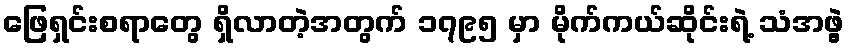
ဖြေရှင်းစရာတွေ ရှိလာတဲ့အတွက် ၁၇၉၅ မှာ မိုက်ကယ်ဆိုင်းရဲ့ သံအဖွဲ့